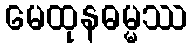
မေထုနဓမ္မဿ